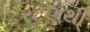
રટણથી